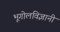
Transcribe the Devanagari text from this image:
भूगोलविज्ञानी